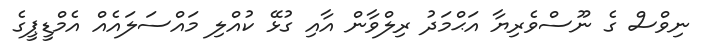
ނިވްސް ގެ ނޫސްވެރިޔާ އަޙްމަދު ރިލްވާން އާއި ގުޅޭ ކުއްލި މައްސަލައެއް އެމްޑީޕީގެ